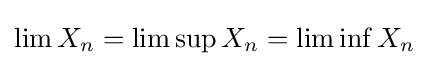
\lim X_{n}=\limsup X_{n}=\liminf X_{n}